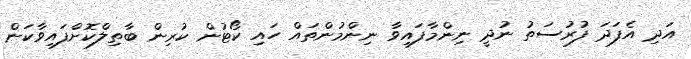
އަދި އެފަދަ ފުރުސަތު ނުދީ ނިންމާފައިވާ ނިންމުންތައް ހައި ކޯޓުން ކުރިން ބާތިލްކޮށްފައިވާކަން